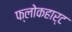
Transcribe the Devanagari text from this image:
फ्लोकहार्ट